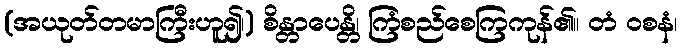
(အယုတ်တမာကြီးဟူ၍၊) စိန္တာပေန္တိ၊ ကြံစည်စေကြကုန်၏။ တံ ဝစနံ၊